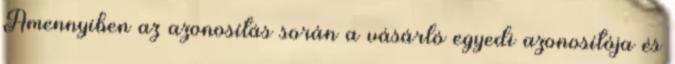
Amennyiben az azonosítás során a vásárló egyedi azonosítója és